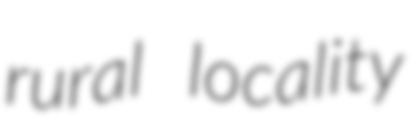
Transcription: rural locality